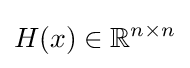
H(x)\in \mathbb {R} ^{n\times n}